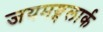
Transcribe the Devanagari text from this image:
जयमङ्गलार्क